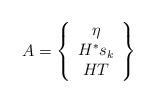
LaTeX: \begin{align*}A=\left\{\begin{array}{c} \eta \\ H^{*} s_{k} \\ H T \end{array} \right\}\end{align*}